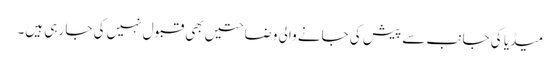
میڈیا کی جانب سے پیش کی جانے والی وضاحتیں بھی قبول نہیں کی جا رہی ہیں۔